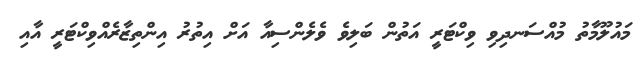
މައުލޫމާތު މުއްސަނދިވި ވިކްޓަރީ އަތުން ބަލިވެ ވެލެންސިއާ އަށް އިތުރު އިންތިޒާރެއްވިކްޓަރީ އާއި